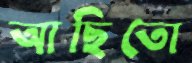
আছিতো